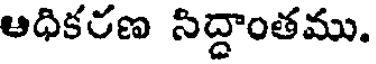
ఆధికరణ సిద్దాంతము.